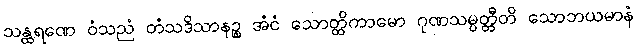
သန္ထရဏေ ဝံသညံ တံသဒိသာနဉ္စ အံငံ သောတ္ထိကာမော ဂုဏသမ္ပတ္တီတိ သောဘယမာနံ